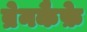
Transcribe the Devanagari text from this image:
ब्रेनकैफ़े